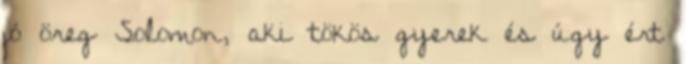
jó öreg Solomon, aki tökös gyerek és úgy ért